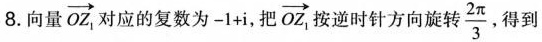
8.向量\overrightarrow{OZ_{1}}对应的复数为$$- 1 + i$$，把 \overrightarrow{OZ_{1}}按逆时针方向旋转$$\frac{2π}{3}得到